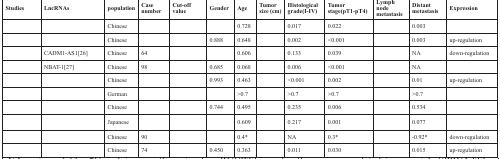
<table><thead><tr><td><b>Studies</b></td><td><b>LncRNAs</b></td><td><b>population</b></td><td><b>Case number</b></td><td><b>Cut-off value</b></td><td><b>Gender</b></td><td><b>Age</b></td><td><b>Tumor size (cm)</b></td><td><b>Histological grade(I-IV)</b></td><td><b>Tumor stage(pT1-pT4)</b></td><td><b>Lymph node metastasis</b></td><td><b>Distant metastasis</b></td><td><b>Expression</b></td></tr></thead><tbody><tr><td>[EMPTY_CELL]</td><td>[EMPTY_CELL]</td><td>Chinese</td><td>[EMPTY_CELL]</td><td>[EMPTY_CELL]</td><td>[EMPTY_CELL]</td><td>0.728</td><td>[EMPTY_CELL]</td><td>0.017</td><td>0.022</td><td>[EMPTY_CELL]</td><td>0.003</td><td>[EMPTY_CELL]</td></tr><tr><td>[EMPTY_CELL]</td><td>[EMPTY_CELL]</td><td>Chinese</td><td>[EMPTY_CELL]</td><td>[EMPTY_CELL]</td><td>0.888</td><td>0.648</td><td>[EMPTY_CELL]</td><td>0.002</td><td>&lt;0.001</td><td>[EMPTY_CELL]</td><td>0.003</td><td>up-regulation</td></tr><tr><td>[EMPTY_CELL]</td><td>CADM1-AS1[26]</td><td>Chinese</td><td>64</td><td>[EMPTY_CELL]</td><td>[EMPTY_CELL]</td><td>0.606</td><td>[EMPTY_CELL]</td><td>0.133</td><td>0.039</td><td>[EMPTY_CELL]</td><td>NA</td><td>down-regulation</td></tr><tr><td>[EMPTY_CELL]</td><td>NBAT-1[27]</td><td>Chinese</td><td>98</td><td>[EMPTY_CELL]</td><td>0.685</td><td>0.068</td><td>[EMPTY_CELL]</td><td>0.006</td><td>&lt;0.001</td><td>[EMPTY_CELL]</td><td>NA</td><td>[EMPTY_CELL]</td></tr><tr><td>[EMPTY_CELL]</td><td>[EMPTY_CELL]</td><td>Chinese</td><td>[EMPTY_CELL]</td><td>[EMPTY_CELL]</td><td>0.993</td><td>0.463</td><td>[EMPTY_CELL]</td><td>&lt;0.001</td><td>0.002</td><td>[EMPTY_CELL]</td><td>0.01</td><td>up-regulation</td></tr><tr><td>[EMPTY_CELL]</td><td>[EMPTY_CELL]</td><td>German</td><td>[EMPTY_CELL]</td><td>[EMPTY_CELL]</td><td>[EMPTY_CELL]</td><td>&gt;0.7</td><td>[EMPTY_CELL]</td><td>&gt;0.7</td><td>&gt;0.7</td><td>[EMPTY_CELL]</td><td>&gt;0.7</td><td>[EMPTY_CELL]</td></tr><tr><td>[EMPTY_CELL]</td><td>[EMPTY_CELL]</td><td>Chinese</td><td>[EMPTY_CELL]</td><td>[EMPTY_CELL]</td><td>0.744</td><td>0.495</td><td>[EMPTY_CELL]</td><td>0.235</td><td>0.006</td><td>[EMPTY_CELL]</td><td>0.534</td><td>[EMPTY_CELL]</td></tr><tr><td>[EMPTY_CELL]</td><td>[EMPTY_CELL]</td><td>Japanese</td><td>[EMPTY_CELL]</td><td>[EMPTY_CELL]</td><td>[EMPTY_CELL]</td><td>0.609</td><td>[EMPTY_CELL]</td><td>0.217</td><td>0.001</td><td>[EMPTY_CELL]</td><td>0.077</td><td>[EMPTY_CELL]</td></tr><tr><td>[EMPTY_CELL]</td><td>[EMPTY_CELL]</td><td>Chinese</td><td>90</td><td>[EMPTY_CELL]</td><td>[EMPTY_CELL]</td><td>0.4*</td><td>[EMPTY_CELL]</td><td>NA</td><td>0.3*</td><td>[EMPTY_CELL]</td><td>−0.92*</td><td>down-regulation</td></tr><tr><td>[EMPTY_CELL]</td><td>[EMPTY_CELL]</td><td>Chinese</td><td>74</td><td>[EMPTY_CELL]</td><td>0.450</td><td>0.363</td><td>[EMPTY_CELL]</td><td>0.011</td><td>0.030</td><td>[EMPTY_CELL]</td><td>0.015</td><td>up-regulation</td></tr></tbody></table>